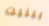
بينيت